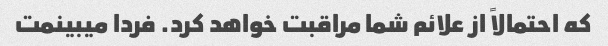
که احتمالاً از علائم شما مراقبت خواهد کرد. فردا میبینمت